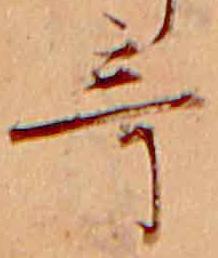
奇